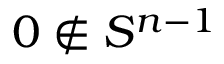
0 \notin S ^ { n - 1 }